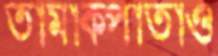
তামাকপাতাও